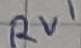
Text: RV1